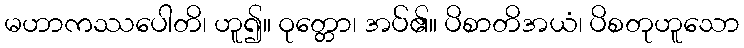
မဟာကဿပေါတိ၊ ဟူ၍။ ဝုတ္တော၊ အပ်၏။ ပိစာတိအယံ၊ ပိစတုဟူသော